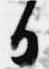
日